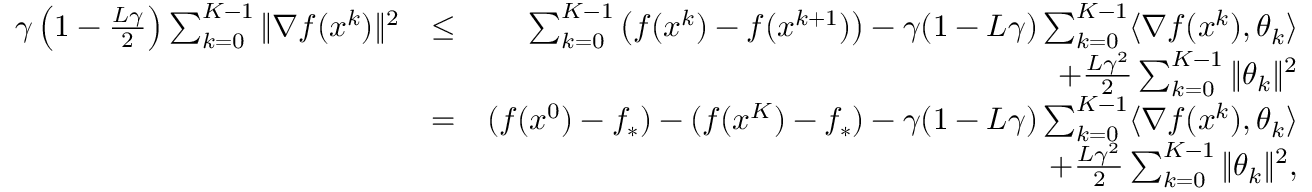
\begin{array} { r l r } { \gamma \left( 1 - \frac { L \gamma } { 2 } \right) \sum _ { k = 0 } ^ { K - 1 } \| \nabla f ( x ^ { k } ) \| ^ { 2 } } & { \leq } & { \sum _ { k = 0 } ^ { K - 1 } \left( f ( x ^ { k } ) - f ( x ^ { k + 1 } ) \right) - \gamma ( 1 - L \gamma ) \sum _ { k = 0 } ^ { K - 1 } \langle \nabla f ( x ^ { k } ) , \theta _ { k } \rangle } \\ & { } & { + \frac { L \gamma ^ { 2 } } { 2 } \sum _ { k = 0 } ^ { K - 1 } \| \theta _ { k } \| ^ { 2 } } \\ & { = } & { ( f ( x ^ { 0 } ) - f _ { * } ) - ( f ( x ^ { K } ) - f _ { * } ) - \gamma ( 1 - L \gamma ) \sum _ { k = 0 } ^ { K - 1 } \langle \nabla f ( x ^ { k } ) , \theta _ { k } \rangle } \\ & { } & { + \frac { L \gamma ^ { 2 } } { 2 } \sum _ { k = 0 } ^ { K - 1 } \| \theta _ { k } \| ^ { 2 } , } \end{array}